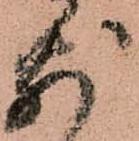
前